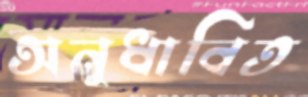
অনুধাবিত